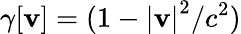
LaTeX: \gamma[\mathbf{v}]=(1-\left|\mathbf{v}\right|^{2}/c^{2})